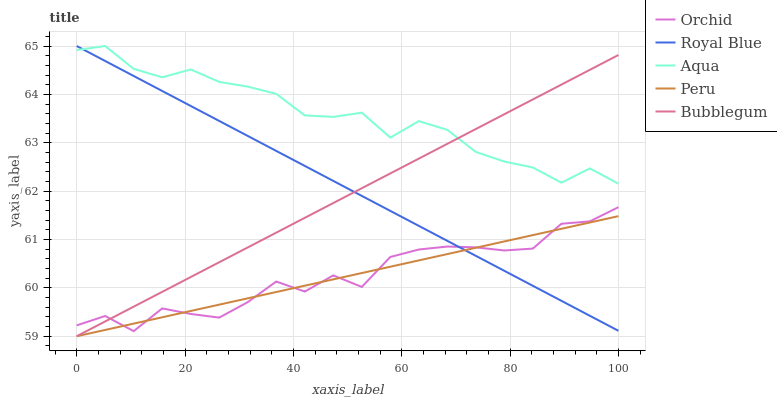
| xaxis_label | Orchid | Royal Blue | Aqua | Peru | Bubblegum |
 | --- | --- | --- | --- | --- | --- |
 | 0 | 59.2 | 65 | 64.9 | 59 | 59 |
 | 5.26 | 59.4 | 64.7 | 65 | 59.1 | 59.3 |
 | 10.5 | 59.1 | 64.4 | 64.5 | 59.3 | 59.6 |
 | 15.8 | 59.6 | 64.1 | 64.4 | 59.4 | 59.9 |
 | 21.1 | 59.5 | 63.8 | 64.5 | 59.5 | 60.2 |
 | 26.3 | 59.4 | 63.5 | 64.3 | 59.7 | 60.5 |
 | 31.6 | 59.7 | 63.1 | 64.2 | 59.8 | 60.8 |
 | 36.8 | 60.1 | 62.8 | 64 | 59.9 | 61.1 |
 | 42.1 | 59.9 | 62.5 | 63.6 | 60 | 61.4 |
 | 47.4 | 60.3 | 62.2 | 63.5 | 60.2 | 61.8 |
 | 52.6 | 60 | 61.9 | 63.6 | 60.3 | 62.1 |
 | 57.9 | 60.6 | 61.6 | 63.1 | 60.4 | 62.4 |
 | 63.2 | 60.8 | 61.3 | 63.4 | 60.6 | 62.7 |
 | 68.4 | 60.9 | 61 | 63.3 | 60.7 | 63 |
 | 73.7 | 60.8 | 60.7 | 62.8 | 60.8 | 63.3 |
 | 78.9 | 60.8 | 60.4 | 62.6 | 61 | 63.6 |
 | 84.2 | 60.8 | 60 | 62.5 | 61.1 | 63.9 |
 | 89.5 | 61.3 | 59.7 | 62.2 | 61.2 | 64.2 |
 | 94.7 | 61.4 | 59.4 | 62.5 | 61.4 | 64.5 |
 | 100 | 61.7 | 59.1 | 62.2 | 61.5 | 64.8 |